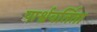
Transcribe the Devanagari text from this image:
पार्श्ववर्तिता